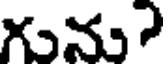
గును?